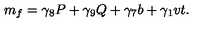
m _ { f } = \gamma _ { 8 } P + \gamma _ { 9 } Q + \gamma _ { 7 } b + \gamma _ { 1 } v t .